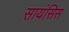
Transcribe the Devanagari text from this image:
सायंसिस